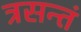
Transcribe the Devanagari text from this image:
त्रसन्तं